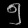
Digit: ၅